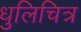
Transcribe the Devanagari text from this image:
धुलिचित्र